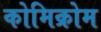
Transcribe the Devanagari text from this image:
कोमिक्रोम